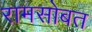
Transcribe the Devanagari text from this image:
रामसोबत